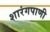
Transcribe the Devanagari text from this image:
शारंगपाणी